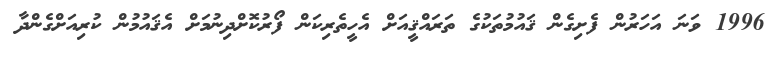
1996 ވަނަ އަހަރުން ފެށިގެން ޤައުމުތަކުގެ ތަރައްޤީއަށް އެހީތެރިކަން ފޯރުކޮށްދިނުމަށް އެޤައުމުން ކުރިއަށްގެންދާ